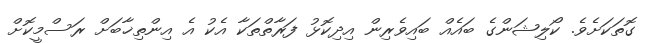
ގޮތަކަށެވެ. ކޯލިޝަންގެ ބައެއް ބައިވެރިން އިދިކޮޅު ފަރާތްތަކާ އެކު އެ އިންތިޚާބަށް ރަސްމީކޮށް